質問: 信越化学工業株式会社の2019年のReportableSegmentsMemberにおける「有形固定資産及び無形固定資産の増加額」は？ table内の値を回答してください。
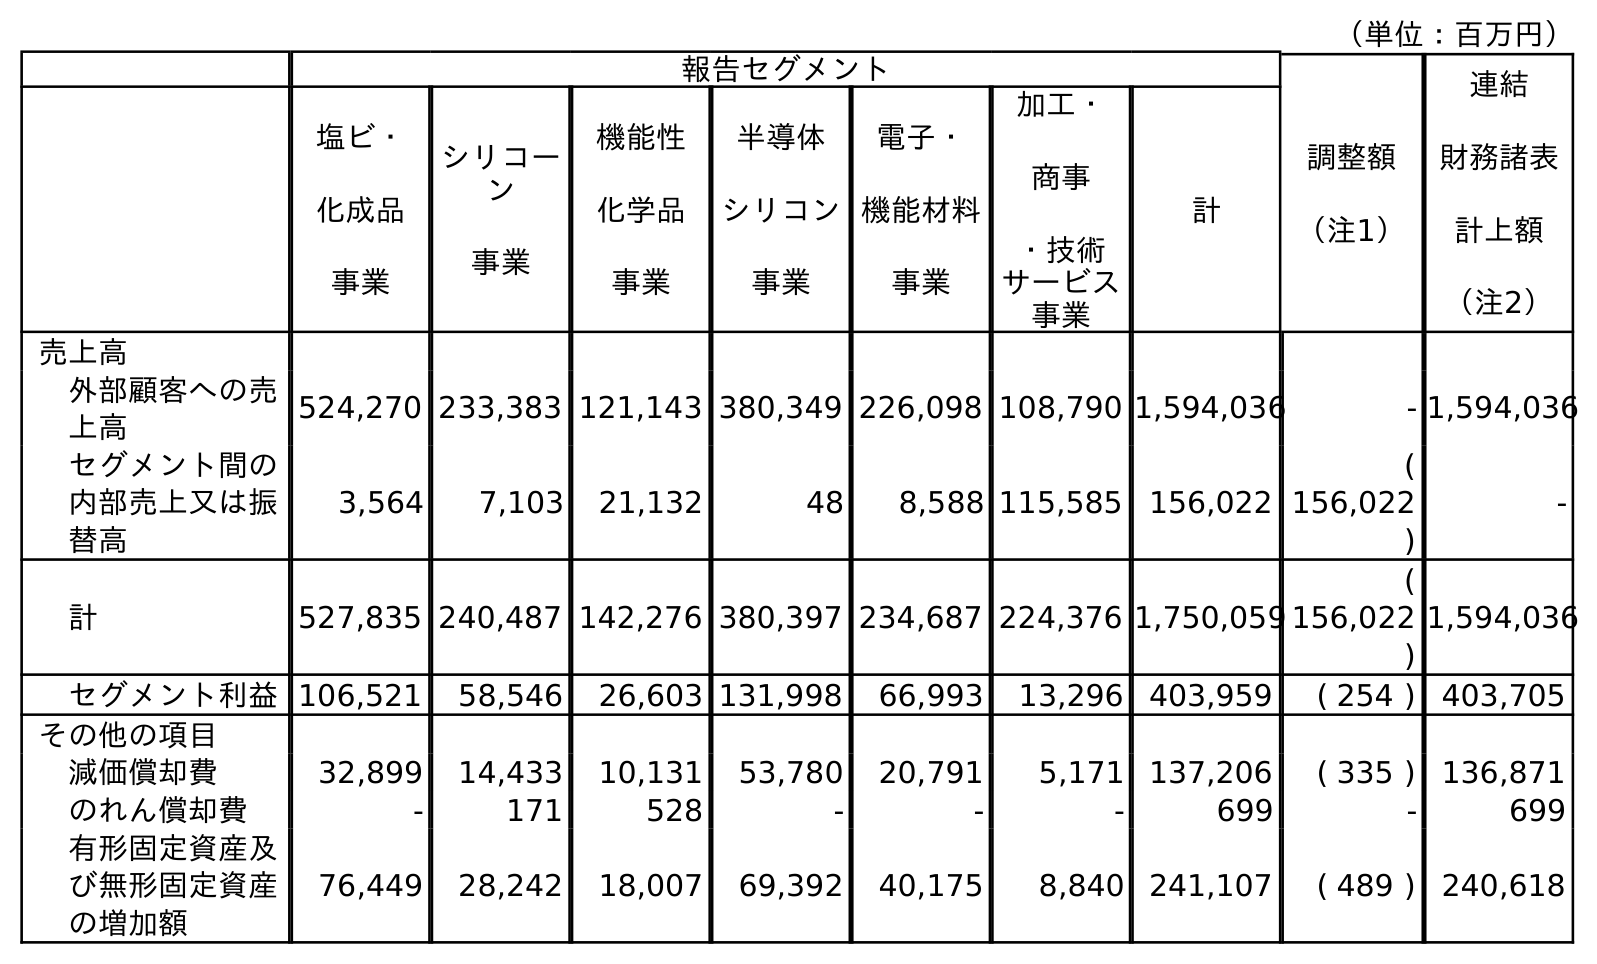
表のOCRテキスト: （単位：百万円） 報告セグメント 調整額 （注1） 連結 財務諸表 計上額 （注2） 塩ビ・ 化成品 事業 シリコー ン 事業 機能性 化学品 事業 半導体 シリコン 事業 電子・ 機能材料 事業 加工・ 商事 ・技術 サービス 事業 計 売上高 外部顧客への売 上高 524,270 233,383 121,143 380,349 226,098 108,790 1,594,036 - 1,594,036 セグメント間の 内部売上又は振 替高 3,564 7,103 21,132 48 8,588 115,585 156,022 ( 156,022 ) - 計 527,835 240,487 142,276 380,397 234,687 224,376 1,750,059 ( 156,022 ) 1,594,036 セグメント利益106,521 58,546 26,603 131,998 66,993 13,296 403,959 ( 254 ) 403,705 その他の項目 減価償却費 32,899 14,433 10,131 53,780 20,791 5,171 137,206 ( 335 ) 136,871 のれん償却費 - 171 528 - - - 699 - 699 有形固定資産及 び無形固定資産 の増加額 76,449 28,242 18,007 69,392 40,175 8,840 241,107 ( 489 ) 240,618
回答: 241,107